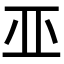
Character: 𠀜